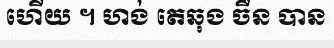
ហើយ ។ ហង់ តេឆុង ចឺន បាន